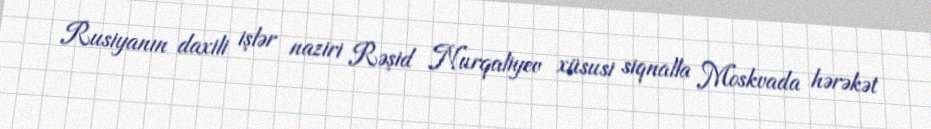
Rusiyanın daxili işlər naziri Rəşid Nurqaliyev xüsusi siqnalla Moskvada hərəkət